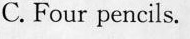
C.Four pencils.